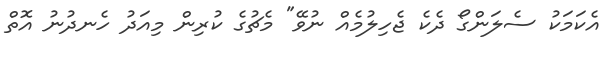
އެކަމަކު ސެލަންގޯ ދެކެ ޖެހިލުމެއް ނުވޭ" މެޗުގެ ކުރިން މިއަދު ހެނދުނު އޮތް